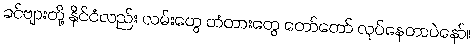
ခင်ဗျားတို့ နိုင်ငံလည်း လမ်းတွေ တံတားတွေ တော်တော် လုပ်နေတာပဲနော်။